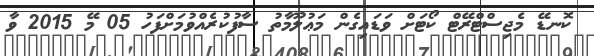
ކޮނޑޭ މެޖިސްޓްރޭޓް ކޯޓަށް ވަޑައިގެން މަޢުލޫމާތު ސާފުކުރެއްވުމަށްފަހު 05 މޭ 2015 ވާ